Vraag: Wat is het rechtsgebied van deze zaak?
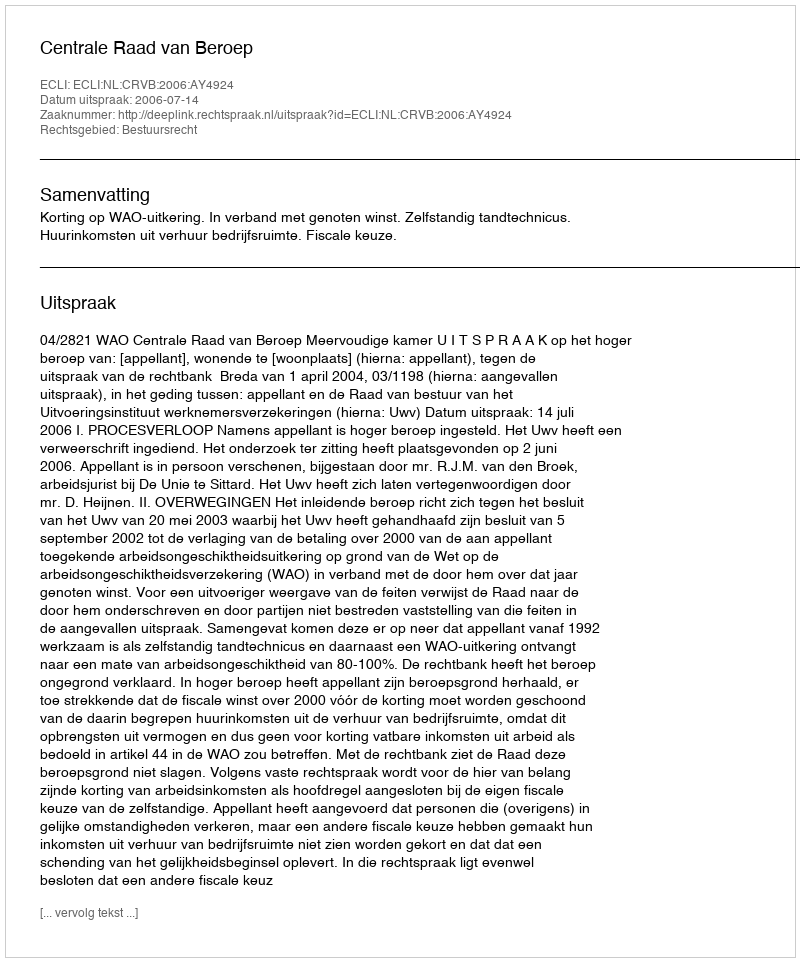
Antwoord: Bestuursrecht